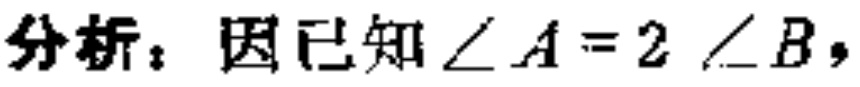
分析：因已知$\angle A = 2\angle B$，